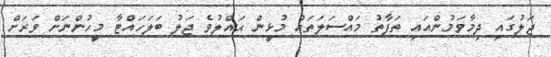
ޖަލުގައި ދިމާވަމުންއައި ތަފާތު މައްސަލަތައް މުޅީން ޙައްލުވެ ޖަލު ބަލަހައްޓާ މީހުންނަށް ވަރަށް